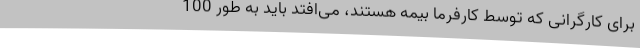
برای کارگرانی که توسط کارفرما بیمه هستند، می‌افتد باید به طور 100